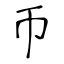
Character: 帀